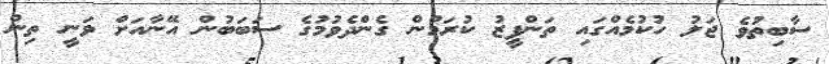
ސާބިތުވެ ޖަލު ހުކުމެއްގައި ތަންފީޒު ކުރަމުން ގެންދެވުމުގެ ސަބަބުން އޭނާއަށް ވަނީ ތިން